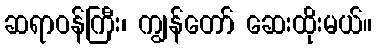
ဆရာဝန်ကြီး၊ ကျွန်တော် ဆေးထိုးမယ်။